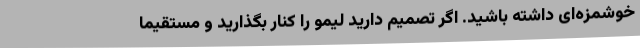
خوشمزه‌ای داشته باشید. اگر تصمیم دارید لیمو را کنار بگذارید و مستقیما